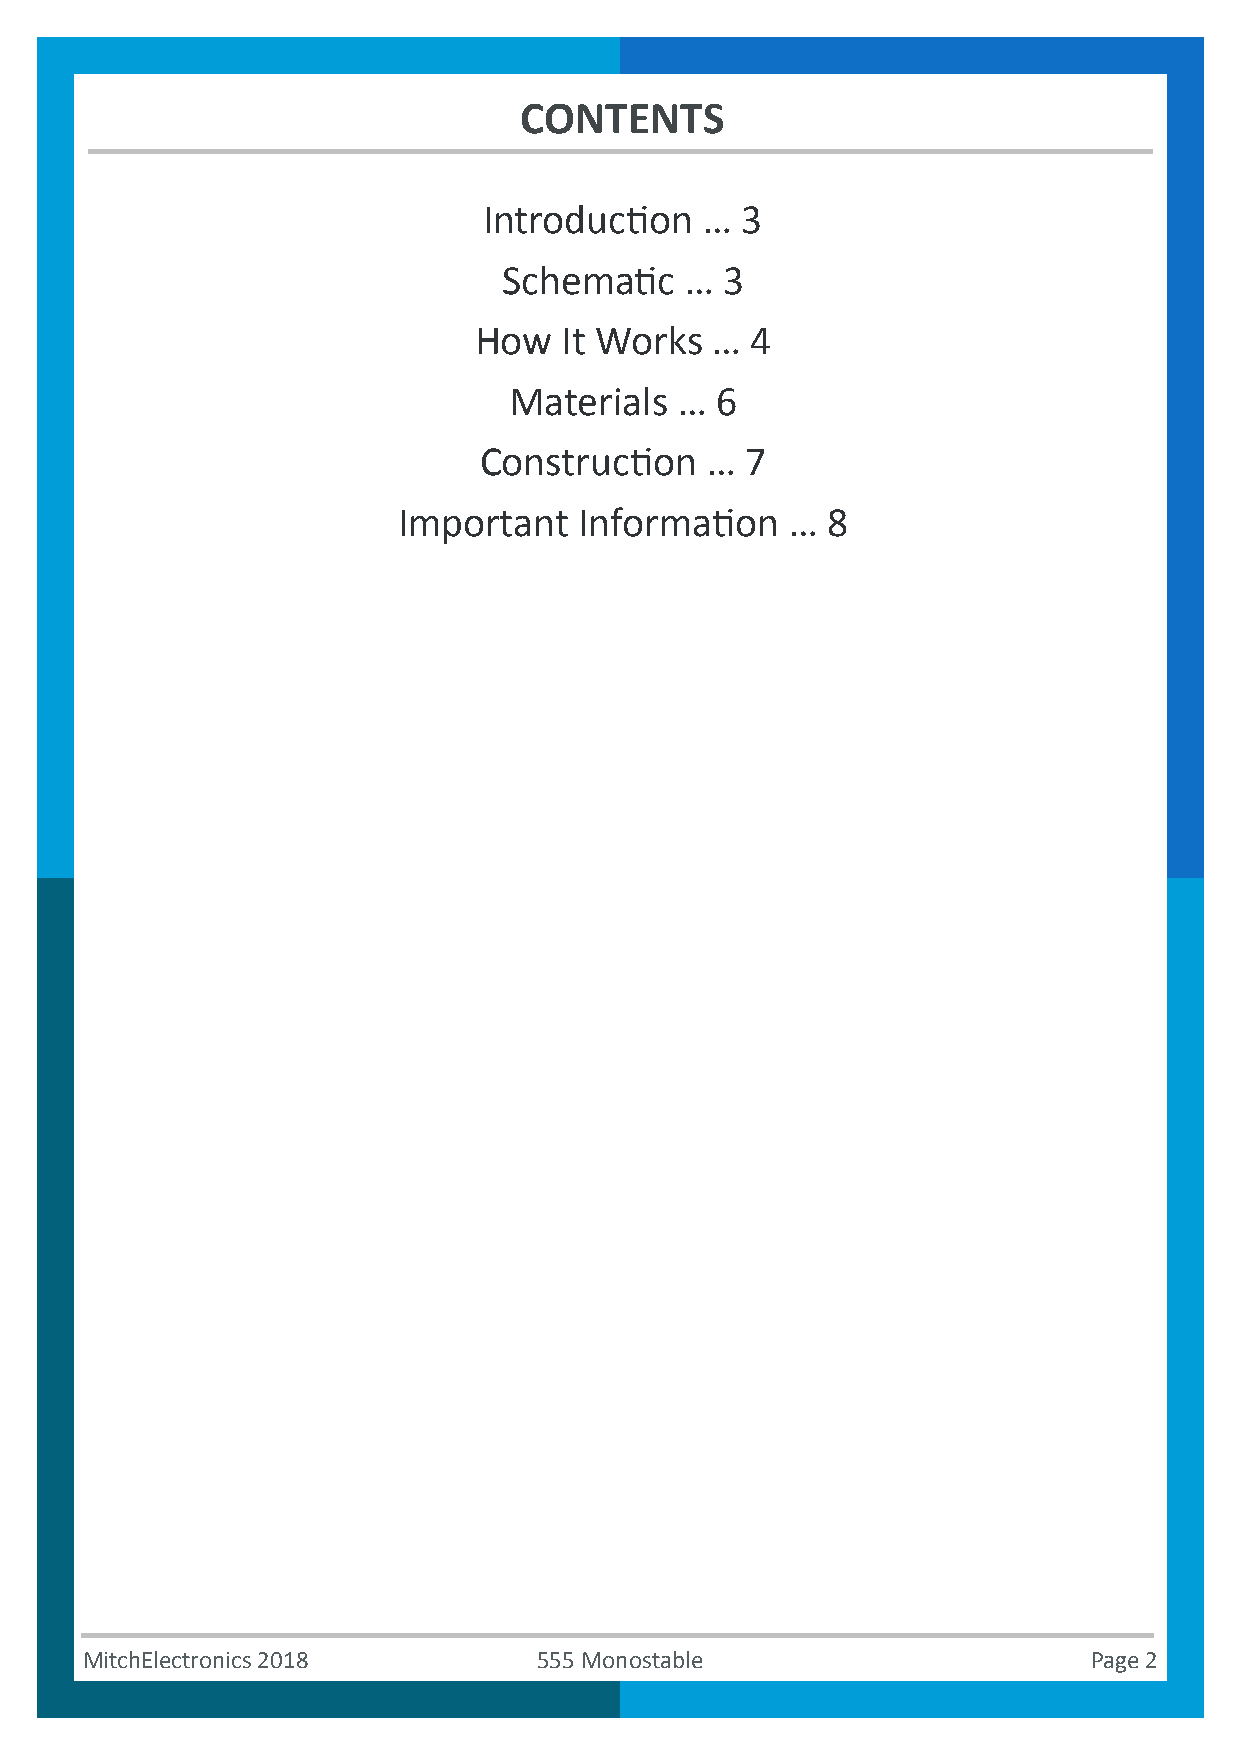
CONTENTS
 Introduction   … 3
 Schematic   …  3
 How   It Works  …  4
 Materials  … 6
 Construction   … 7
 Important   Information   …  8
 MitchElectronics 2018          555 Monostable                      Page 2